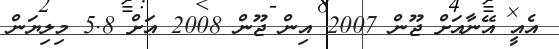
އެއީ އޭނާއަށް ޖޫން 2007 އިން ޖޫން 2008 އަށް 5.8 މިލިޔަން